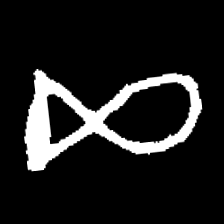
Pyu character \u2014 Myanmar letter: ဆ (romanized: cha)